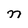
Character: n